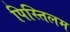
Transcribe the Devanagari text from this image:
पिस्तिलम